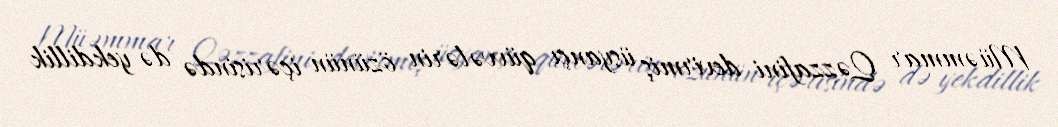
Müəmmar Qəzzafini devirmiş üsyançı qüvvələrin özünün içərisində də yekdillik